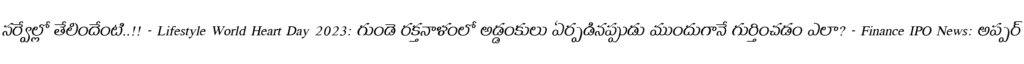
సర్వేల్లో తేలిందేంటి..!! - Lifestyle World Heart Day 2023: గుండె రక్తనాళంలో అడ్డంకులు ఏర్పడినప్పుడు ముందుగానే గుర్తించడం ఎలా? - Finance IPO News: అప్పర్